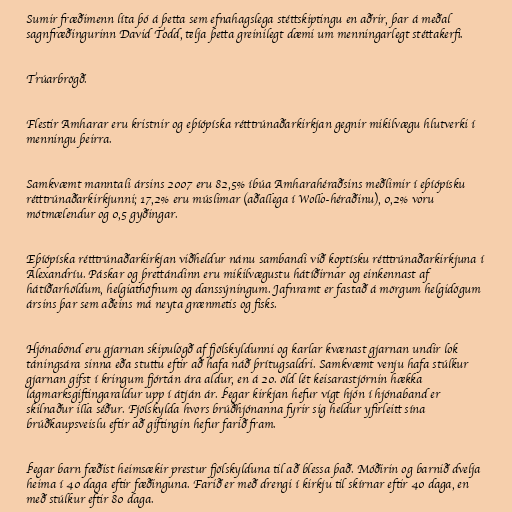
Sumir fræðimenn líta þó á þetta sem efnahagslega stéttskiptingu en aðrir, þar á meðal
sagnfræðingurinn David Todd, telja þetta greinilegt dæmi um menningarlegt stéttakerfi.

Trúarbrögð.

Flestir Amharar eru kristnir og eþíópíska rétttrúnaðarkirkjan gegnir mikilvægu hlutverki í
menningu þeirra.

Samkvæmt manntali ársins 2007 eru 82,5% íbúa Amharahéraðsins meðlimir í eþíópísku
rétttrúnaðarkirkjunni; 17,2% eru múslimar (aðallega í Wollo-héraðinu), 0,2% voru
mótmælendur og 0,5 gyðingar.

Eþíópíska rétttrúnaðarkirkjan viðheldur nánu sambandi við koptísku rétttrúnaðarkirkjuna í
Alexandríu. Páskar og þrettándinn eru mikilvægustu hátíðirnar og einkennast af
hátíðarhöldum, helgiathöfnum og danssýningum. Jafnramt er fastað á mörgum helgidögum
ársins þar sem aðeins má neyta grænmetis og fisks.

Hjónabönd eru gjarnan skipulögð af fjölskyldunni og karlar kvænast gjarnan undir lok
táningsára sinna eða stuttu eftir að hafa náð þrítugsaldri. Samkvæmt venju hafa stúlkur
gjarnan gifst í kringum fjórtán ára aldur, en á 20. öld lét keisarastjórnin hækka
lágmarksgiftingaraldur upp í átján ár. Þegar kirkjan hefur vígt hjón í hjónaband er
skilnaður illa séður. Fjölskylda hvors brúðhjónanna fyrir sig heldur yfirleitt sína
brúðkaupsveislu eftir að giftingin hefur farið fram.

Þegar barn fæðist heimsækir prestur fjölskylduna til að blessa það. Móðirin og barnið dvelja
heima í 40 daga eftir fæðinguna. Farið er með drengi í kirkju til skírnar eftir 40 daga, en
með stúlkur eftir 80 daga.